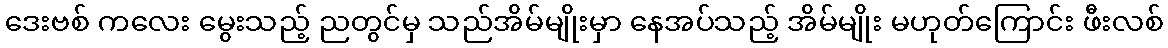
ဒေးဗစ် ကလေး မွေးသည့် ညတွင်မှ သည်အိမ်မျိုးမှာ နေအပ်သည့် အိမ်မျိုး မဟုတ်ကြောင်း ဖီးလစ်